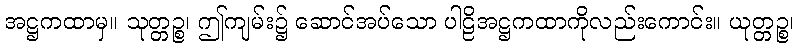
အဋ္ဌကထာမှ။ သုတ္တဉ္စ၊ ဤကျမ်း၌ ဆောင်အပ်သော ပါဠိအဋ္ဌကထာကိုလည်းကောင်း။ ယုတ္တဉ္စ၊